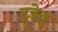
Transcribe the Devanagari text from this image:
ट्रुडेवु